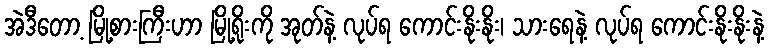
အဲဒီတော့ မြို့စားကြီးဟာ မြို့ရိုးကို အုတ်နဲ့ လုပ်ရ ကောင်းနိုးနိုး၊ သားရေနဲ့ လုပ်ရ ကောင်းနိုးနိုးနဲ့